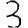
Digit: 3